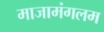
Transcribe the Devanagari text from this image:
माजामंगलम